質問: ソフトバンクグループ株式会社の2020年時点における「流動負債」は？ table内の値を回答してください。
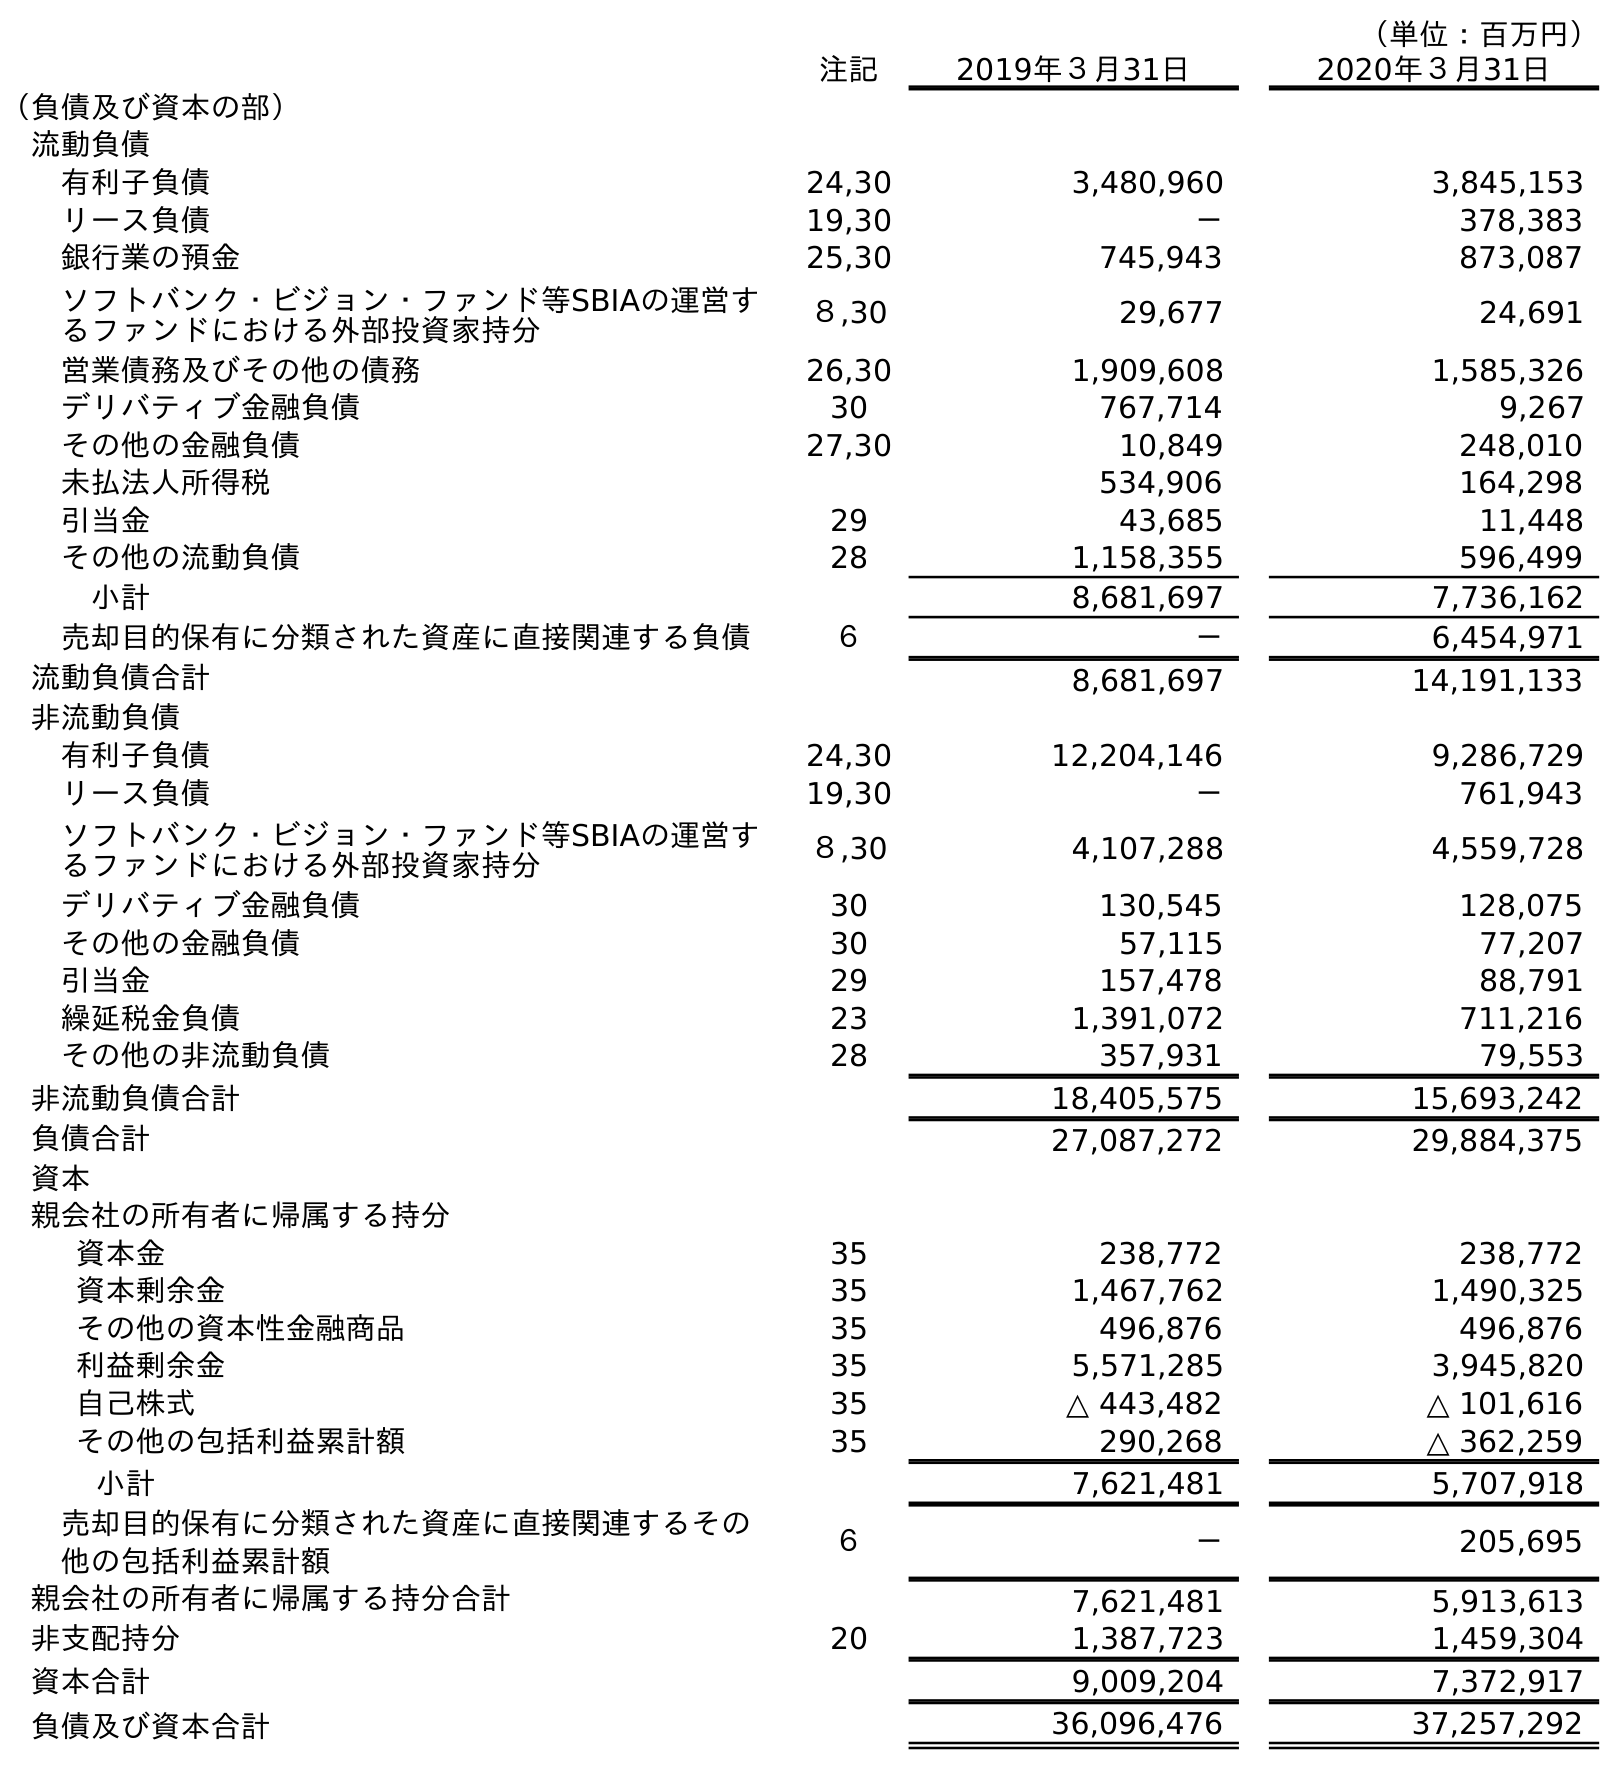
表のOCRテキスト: （単位：百万円） 注記 2019年３月31日 2020年３月31日 （負債及び資本の部） 流動負債 有利子負債 24,30 3,480,960 3,845,153 リース負債 19,30 － 378,383 銀行業の預金 25,30 745,943 873,087 ソフトバンク・ビジョン・ファンド等SBIAの運営す るファンドにおける外部投資家持分 ８,30 29,677 24,691 営業債務及びその他の債務 26,30 1,909,608 1,585,326 デリバティブ金融負債 30 767,714 9,267 その他の金融負債 27,30 10,849 248,010 未払法人所得税 534,906 164,298 引当金 29 43,685 11,448 その他の流動負債 28 1,158,355 596,499 小計 8,681,697 7,736,162 売却目的保有に分類された資産に直接関連する負債 ６ － 6,454,971 流動負債合計 8,681,697 14,191,133 非流動負債 有利子負債 24,30 12,204,146 9,286,729 リース負債 19,30 － 761,943 ソフトバンク・ビジョン・ファンド等SBIAの運営す るファンドにおける外部投資家持分 ８,30 4,107,288 4,559,728 デリバティブ金融負債 30 130,545 128,075 その他の金融負債 30 57,115 77,207 引当金 29 157,478 88,791 繰延税金負債 23 1,391,072 711,216 その他の非流動負債 28 357,931 79,553 非流動負債合計 18,405,575 15,693,242 負債合計 27,087,272 29,884,375 資本 親会社の所有者に帰属する持分 資本金 35 238,772 238,772 資本剰余金 35 1,467,762 1,490,325 その他の資本性金融商品 35 496,876 496,876 利益剰余金 35 5,571,285 3,945,820 自己株式 35 △ 443,482 △ 101,616 その他の包括利益累計額 35 290,268 △ 362,259 小計 7,621,481 5,707,918 売却目的保有に分類された資産に直接関連するその 他の包括利益累計額 ６ － 205,695 親会社の所有者に帰属する持分合計 7,621,481 5,913,613 非支配持分 20 1,387,723 1,459,304 資本合計 9,009,204 7,372,917 負債及び資本合計 36,096,476 37,257,292
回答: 14,191,133